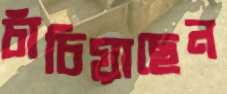
চাঁচিয়াছেন